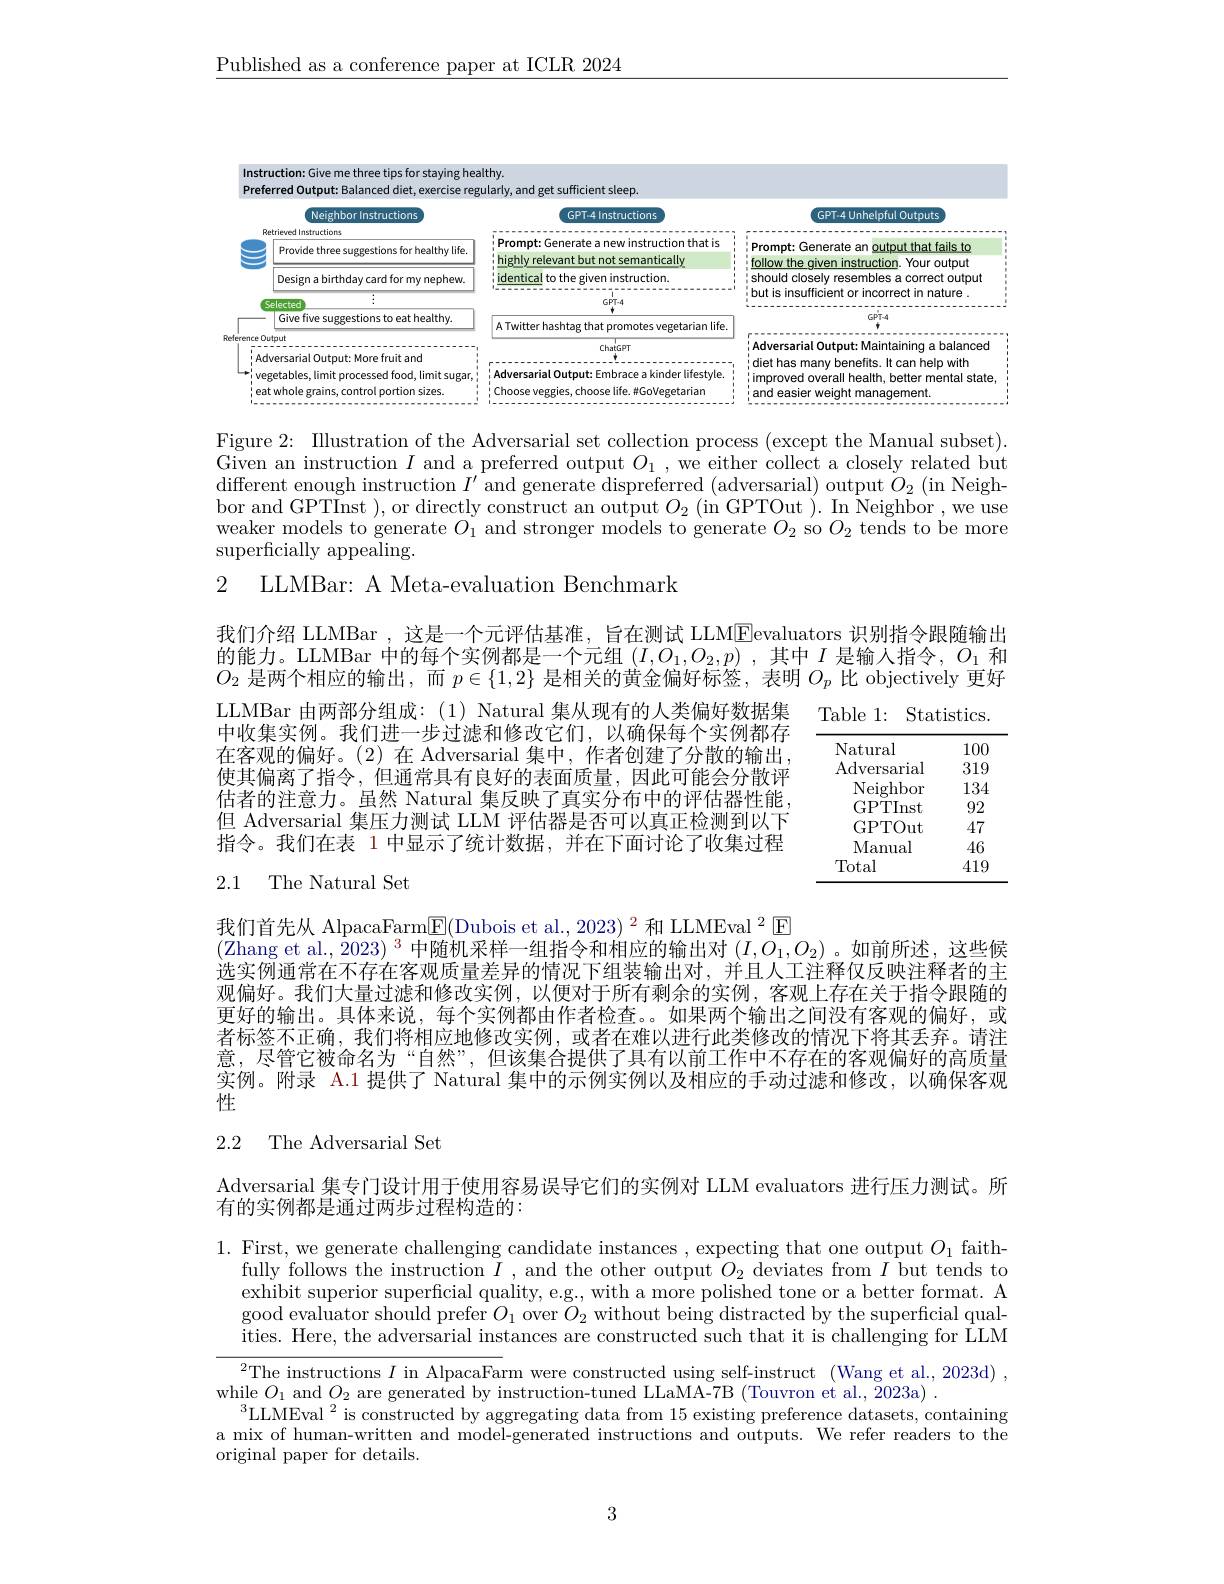
$\underline{\text{Published as a conference paper at ICLR 2024}}$

<FigureHere>

Figure 2: Illustration of the Adversarial set collection process (except the Manual subset). Given an instruction $I$ and a preferred output $O_1$, we either collect a closely related but different enough instruction $I^\prime$ and generate dispreferred (adversarial) output $O_2$ ( in Neigh- 1) bor and GPTInst ),or directly construct an output $O_{2}\left(\text{in GPTOut }\right).$ In Neighbor , we use weaker models to generate $O_1$ and stronger models to generate $O_2$ so $O_2$ tends to be more $\operatorname{superficially}$ appealing.

2 LLMBar: A Meta-evaluation Benchmark

我们介绍 LLMBar ,这是一个元评估基准，旨在测试 LLMEevaluators 识别指令跟随输出的能力。LLMBar 中的每个实例都是一个元组$(I,O_1,O_2,p)$ ,其中$I$是输人指令，$O_1$和$O_2$是两个相应的输出，而$p\in\{1,2\}$是相关的黄金偏好标签，表明$O_p$比 objectively 更好

Table 1: Statistics.

LLMBar 由两部分组成：(1) Natural 集从现有的人类偏好数据集中收集实例。我们进一步过滤和修改它们，以确保每个实例都存在客观的偏好。(2)在 Adversarial 集中，作者创建了分散的输出， 使其偏离了指令，但通常具有良好的表面质量，因此可能会分散评估者的注意力。虽然 Natural 集反映了真实分布中的评估器性能，
<table>
	<tbody>
		<tr>
			<td>Natural</td>
			<td>100</td>
		</tr>
		<tr>
			<td>Adversarial</td>
			<td>319</td>
		</tr>
		<tr>
			<td>Neighbor</td>
			<td>134</td>
		</tr>
		<tr>
			<td>GPTInst</td>
			<td>92</td>
		</tr>
		<tr>
			<td>GPTOut</td>
			<td>47</td>
		</tr>
		<tr>
			<td>Manual</td>
			<td>46</td>
		</tr>
		<tr>
			<td>Total</td>
			<td>419</td>
		</tr>
	</tbody>
</table>
但 Adversarial 集压力测试 LLM 评估器是否可以真正检测到以下$\overline{\text{指令。我们在表 }1}$中显示了统计数据，并在下面讨论了收集过程2.1 The Natural Set

我们首先从 AlpacaFarm$\boxed{\mathrm{F}}($Dubois et al., 2023)$^{2}$和 LLMEval $^{2}\boxed{\mathrm{F}}$
(Zhang et al., $\bar{2}023)^3$中随机采样一组指令和相应的输出对$(I,O_1,O_2)$。如前所述，这些候选实例通常在不存在客观质量差异的情况下组装输出对，并且人工注释仅反映注释者的主观偏好。我们大量过滤和修改实例，以便对于所有剩余的实例，客观上存在关于指令跟随的更好的输出。具体来说，每个实例都由作者检查。。如果两个输出之间没有客观的偏好，或者标签不正确，我们将相应地修改实例，或者在难以进行此类修改的情况下将其丢弃。请注意，尽管它被命名为“自然”,但该集合提供了具有以前工作中不存在的客观偏好的高质量实例。附录 A.1 提供了 Natural 集中的示例实例以及相应的手动过滤和修改，以确保客观性

## 2.2 The Adversarial Set

Adversarial 集专门设计用于使用容易误导它们的实例对 LLM evaluators 进行压力测试。所
有的实例都是通过两步过程构造的：

1. First, we generate challenging candidate instances , expecting that one output $O_1$ faith-
fully follows the instruction $I$ , and the other output $O_2$ deviates from $I$ but tends to exhibit superior superficial quality, e.g, with a more polished tone or a better format. A good evaluator should prefer $O_1$ over $O_2$ without being distracted by the superficial qualities. Here, the adversarial instances are constructed such that it is challenging for LLM

$^{2}$The instructions $I$ in AlpacaFarm were constructed using self-instruct (Wang et al, 2023d) ,
while $O_1$ and $O_2$ are generated by instruction-tuned LLaMA-7B (Touvron et al., 2023a)
$^3$LLMEval$^2$ is constructed by aggregating data from 15 existing preference datasets, containing a mix of human-written and model-generated instructions and outputs. We refer readers to the original paper for details.

3